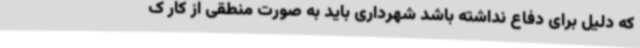
که دلیل برای دفاع نداشته باشد شهرداری باید به صورت منطقی از کار ک